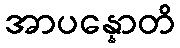
အာပန္နောတိ